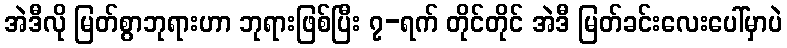
အဲဒီလို မြတ်စွာဘုရားဟာ ဘုရားဖြစ်ပြီး ၇-ရက် တိုင်တိုင် အဲဒီ မြတ်ခင်းလေးပေါ်မှာပဲ